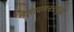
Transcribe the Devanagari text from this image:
नारायणननेसुद्धा